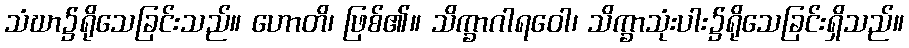
သံဃာ၌ရိုသေခြင်းသည်။ ဟောတိ၊ ဖြစ်၏။ သိက္ခာဂါရဝေါ၊ သိက္ခာသုံးပါး၌ရိုသေခြင်းရှိသည်။